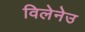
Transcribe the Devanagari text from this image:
विलेनेउ